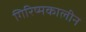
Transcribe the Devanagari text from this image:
गिरिष्मकालीन